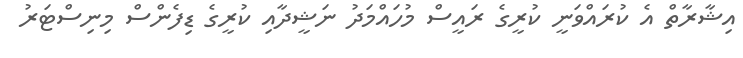
އިޝާރާތް އެ ކުރައްވަނީ ކުރީގެ ރައީސް މުހައްމަދު ނަޝީދާއި ކުރީގެ ޑިފެންސް މިނިސްޓަރު